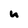
Character: u